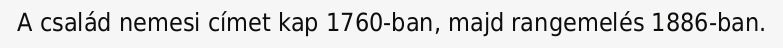
A család nemesi címet kap 1760-ban, majd rangemelés 1886-ban.